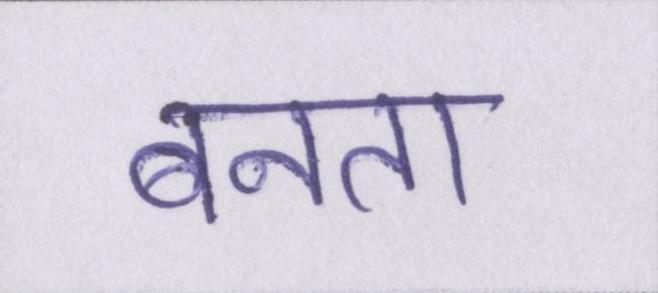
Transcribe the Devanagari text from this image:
बनता